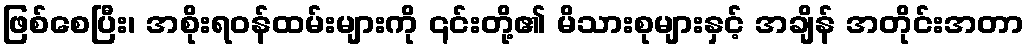
ဖြစ်စေပြီး၊ အစိုးရဝန်ထမ်းများကို ၎င်းတို့၏ မိသားစုများနှင့် အချိန် အတိုင်းအတာ